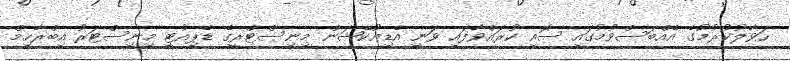
ހަވާލުކުރުމުގެ އެއްބަސްވުމުގައި ސޮއި ކުރައްވާފައި ވަނީ އެޑިއުކޭޝަން މިނިސްޓްރީގެ ޑެޕިއުޓީ މިނިސްޓަރު އިބްރާހިމް